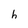
Character: h